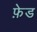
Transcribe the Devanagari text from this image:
फ़ेड